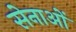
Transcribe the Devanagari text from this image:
सेनाओें